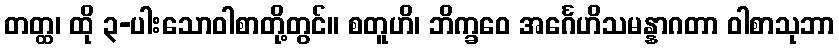
တတ္ထ၊ ထို ၃-ပါးသောဝါစာတို့တွင်။ စတူဟိ၊ ဘိက္ခဝေ အင်္ဂေဟိသမန္နာဂတာ ဝါစာသုဘာ